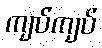
ကျပ်ကျပ်